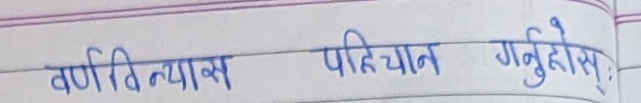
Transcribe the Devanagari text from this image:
वर्णविन्यास परिचान गर्नुहोस् ।